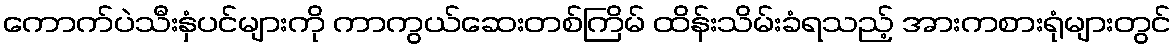
ကောက်ပဲသီးနှံပင်များကို ကာကွယ်ဆေးတစ်ကြိမ် ထိန်းသိမ်းခံရသည့် အားကစားရုံများတွင်